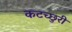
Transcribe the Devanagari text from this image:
कटच्छुरी